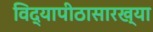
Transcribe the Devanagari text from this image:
विद्यापीठासारख्या